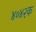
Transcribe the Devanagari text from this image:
४०४२क